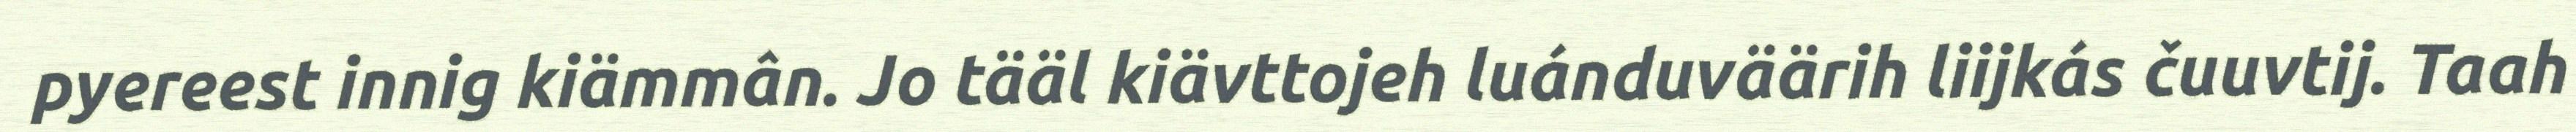
pyereest innig kiämmân. Jo tääl kiävttojeh luánduväärih liijkás čuuvtij. Taah